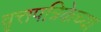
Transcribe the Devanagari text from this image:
वृत्तपत्रिकेच्या